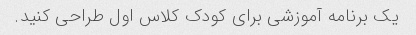
یک برنامه آموزشی برای کودک کلاس اول طراحی کنید.